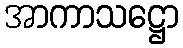
အာကာသဋ္ဌော